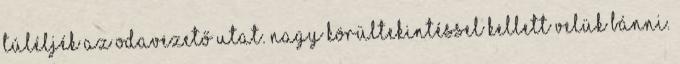
túléljék az odavezető utat. Nagy körültekintéssel kellett velük bánni.